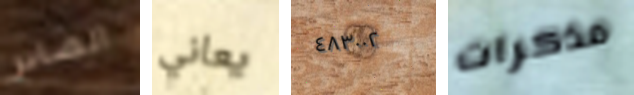
الصادر يعاني ٤٨٣٠٠٢ مذكرات